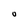
Character: 0